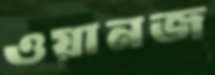
ওয়ানজ